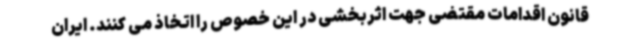
قانون اقدامات مقتضی جهت اثربخشی در این خصوص را اتخاذ می کنند. ایران